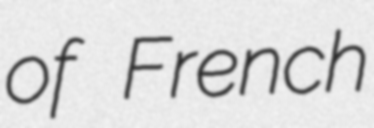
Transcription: of French